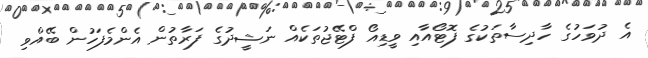
އެ ދުވަހުގެ ހާދިސާތަކުގެ ފޮޓޯއާއި ވީޑިއޯ ފްޓޭޖުތަކެއް ނަޝީދުގެ ފަރާތުން އެންމެފަހުން ބޭއްވި